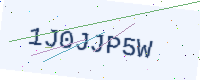
Text: 1J0JJP5W